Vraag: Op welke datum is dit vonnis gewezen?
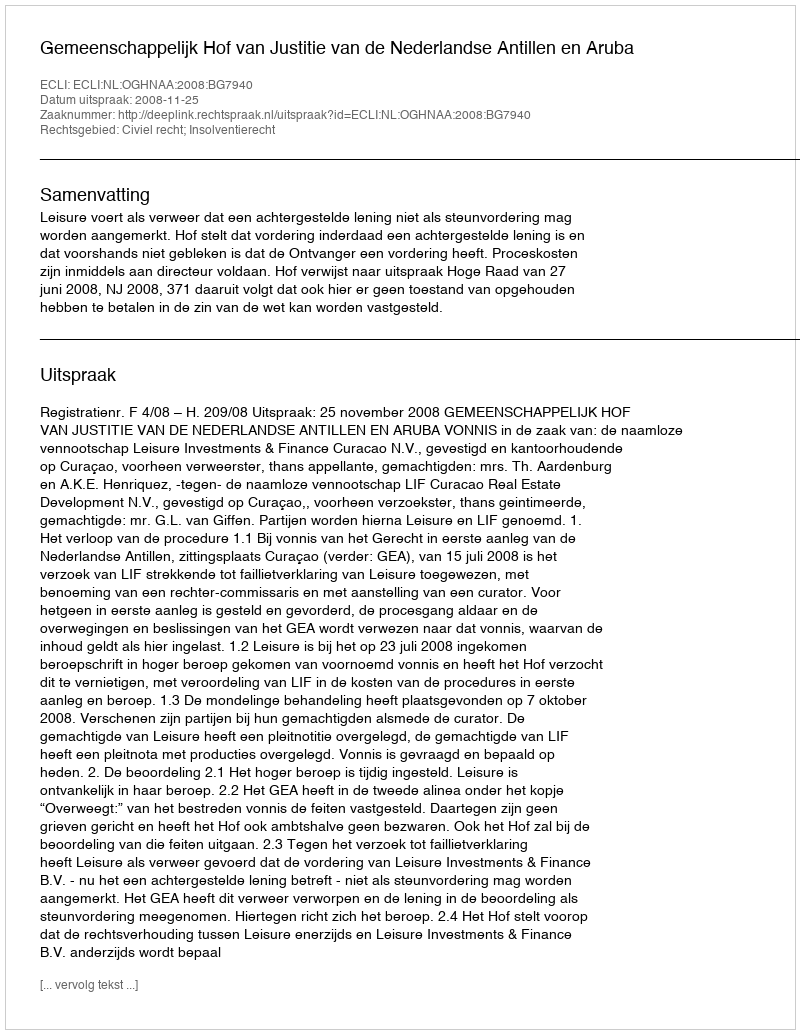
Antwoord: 2008-11-25